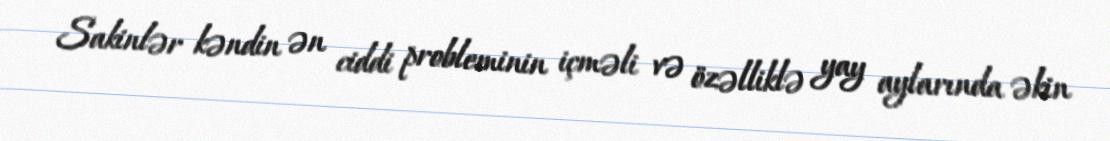
Sakinlər kəndin ən ciddi probleminin içməli və özəlliklə yay aylarında əkin